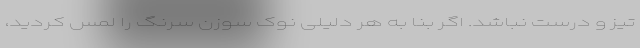
تیز و درست نباشد. اگر بنا به هر دلیلی نوک سوزن سرنگ را لمس کردید،